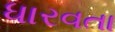
ધારવતા